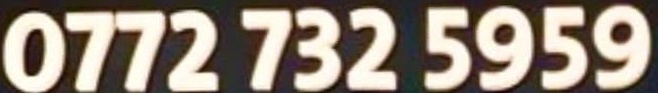
0772 732 5959